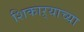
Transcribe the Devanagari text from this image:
शिकाऱ्याच्या